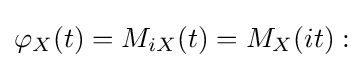
\varphi _{X}(t)=M_{iX}(t)=M_{X}(it):